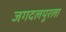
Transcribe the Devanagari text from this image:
जगदलपूरला